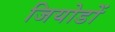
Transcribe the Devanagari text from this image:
जियोडों